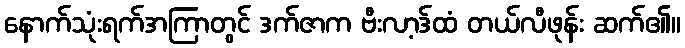
နောက်သုံးရက်အကြာတွင် ဒက်ဇာက ဗီးလာ့ဒ်ထံ တယ်လီဖုန်း ဆက်၏။